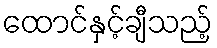
ထောင်နှင့်ချီသည့်